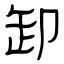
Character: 卸